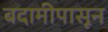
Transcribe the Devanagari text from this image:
बदामीपासून